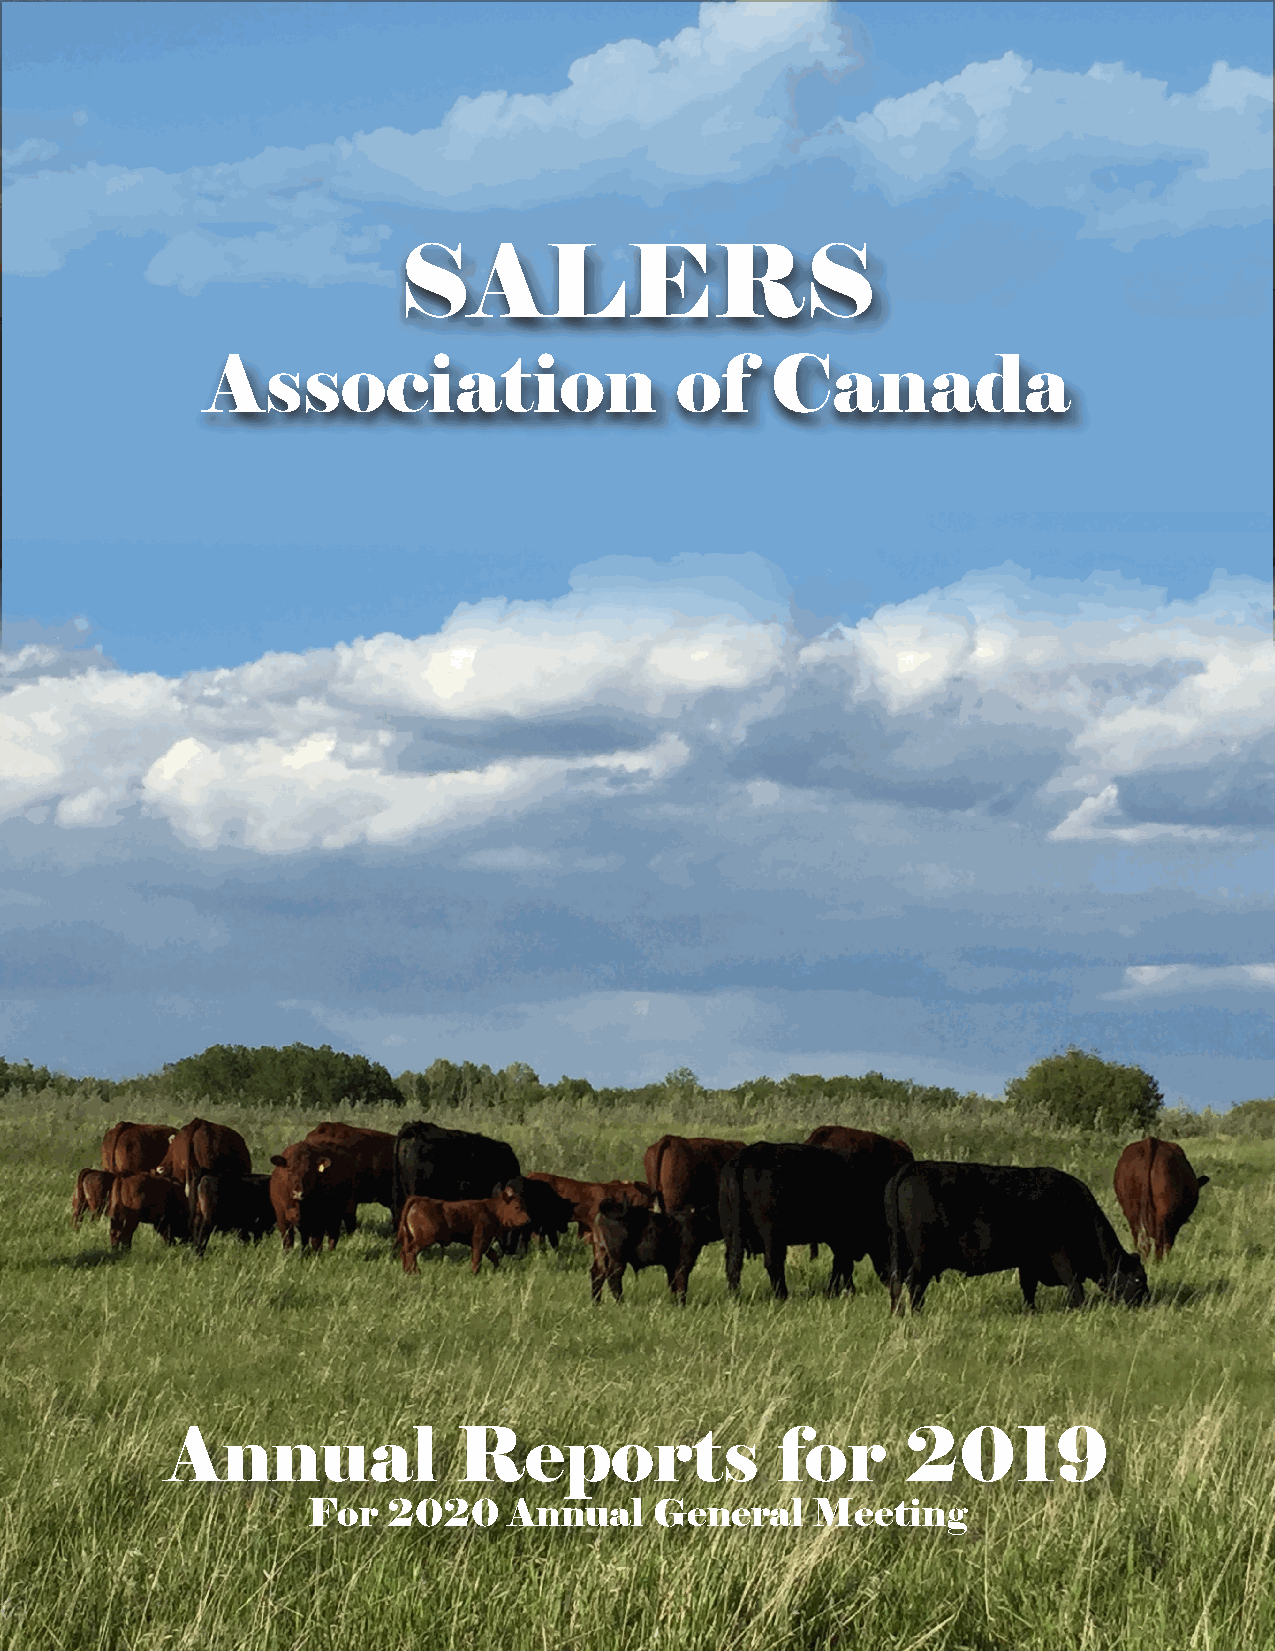
SALERS
 Association                    of    Canada
 Annual             Reports              for      2019
 For   2020    Annual   General    Meeting